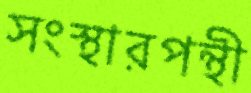
সংস্থারপন্থী